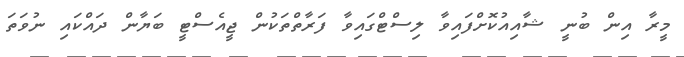
މީރާ އިން ބުނީ ޝާއިއުކޮށްފައިވާ ލިސްޓްގައިވާ ފަރާތްތަކުން ޖީއެސްޓީ ބަޔާން ދައްކައި ނުވަތަ